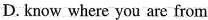
D. Know where you are from